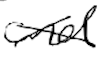
Text: and
Cross-out: mix
Writing tool: digital_black